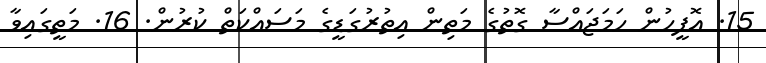
15. އޮފީހުން ހަމަޖައްސާ ގޮތުގެ މަތިން އިތުރުގަޑީގެ މަސައްކަތް ކުރުން. 16. މަތީގައިވާ